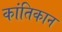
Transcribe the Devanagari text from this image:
कांतिकान